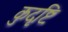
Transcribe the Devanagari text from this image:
कुदृष्टिः